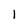
Character: 1